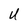
Character: U